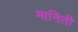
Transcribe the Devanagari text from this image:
मानिती